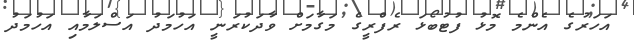
އަހަރުގެ އެންމެ މޮޅު ފުޓުބޯޅަ ރެފްރީގެ މަގާމަށް ވާދަކުރަނީ އަހުމަދު އަސްލަމާއި އަހުމަދު